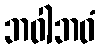
ဘဝါဘဝံ